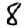
Digit: 8